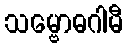
သမ္ဗောဓဂါမီ